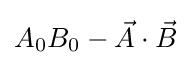
A_{0}B_{0}-{\vec {A}}\cdot {\vec {B}}